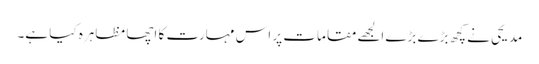
مدیحی نے کچھ بڑے بڑے الجھے مقامات پر اس مہارت کا اچھا مظاہرہ کیا ہے۔